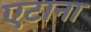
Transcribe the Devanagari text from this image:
एटाना